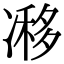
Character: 𠗺